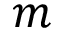
m